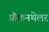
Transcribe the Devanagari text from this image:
फ्रैंकनथेलर